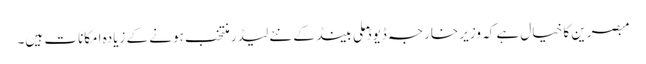
مبصرین کا خیال ہے کہ وزیر خارجہ ڈیوڈ ملی بینڈ کے نئے لیڈر منتخب ہونے کے زیادہ امکانات ہیں۔